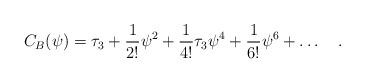
LaTeX: \begin{align*}C_B (\psi) = \tau_3 + {1\over 2!}\psi^2 + {1\over 4!} \tau_3 \psi^4 + {1\over6!} \psi^6 +\ldots \quad. \end{align*}